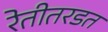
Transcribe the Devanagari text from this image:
रेतीतरडत